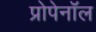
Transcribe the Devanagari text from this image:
प्रोपेनॉल